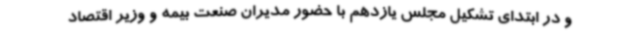
و در ابتدای تشکیل مجلس یازدهم با حضور مدیران صنعت بیمه و وزیر اقتصاد